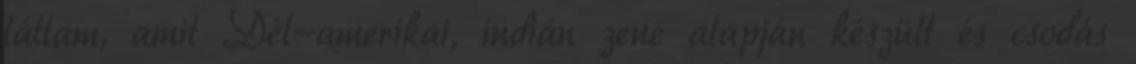
láttam, amit Dél-amerikai, indián zene alapján készült és csodás